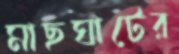
মাছঘাটের